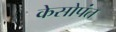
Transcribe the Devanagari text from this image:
केसोपंत